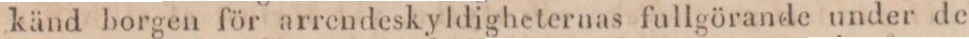
känd borgen för arrendeskyldigheternas fullgörande under de